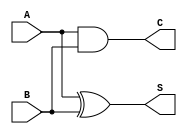
module half_adder (
    input wire A,    // First single-bit input
    input wire B,    // Second single-bit input
    output wire S,   // Sum output
    output wire C    // Carry output
);

    // Sum output using XOR gate
    assign S = A ^ B;

    // Carry output using AND gate
    assign C = A & B;

endmodule